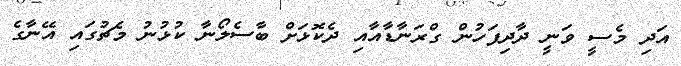
އަދި މެސީ ވަނީ ދާދިފަހުން ގްރަނާޑާއާއި ދެކޮޅަށް ބާސެލޯނާ ކުޅުނު މެޗުގައި އޭނާގެ